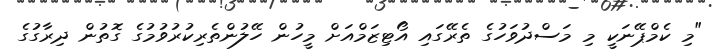
"މި ކެމްޕޭނަކީ މި މަސްދުވަހުގެ ތެރޭގައި އޯޓިޒަމްއަށް މީހުން ހޭލުންތެރިކުރުވުމުގެ ގޮތުން ދިރާގުގެ